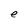
Character: S